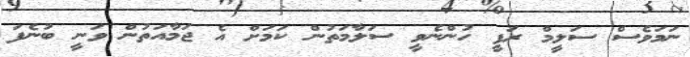
ނަމަވެސް ސަލީމް ރަފީ ހުންނެވީ ސަލާމަތުން ކަމަށް އެ ޖަމާއަތުން ވަނީ ބުނެފަ